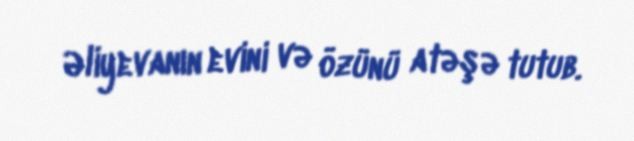
Əliyevanın evini və özünü atəşə tutub.